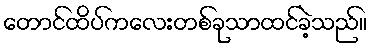
တောင်ထိပ်ကလေးတစ်ခုသာထင်ခဲ့သည်။